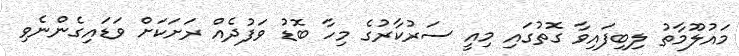
މައުލޫމާތު ލިބިފައިވާ ގޮތުގައި މިއީ ސަރުކާރުގެ މިހާ ބޮޑު ވަފުދެއް ރަށަކަށް ވަޑައިގެންނެވި